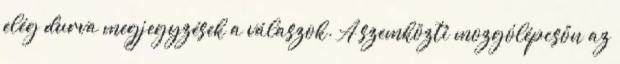
elég durva megjegyzések a válaszok. A szemközti mozgólépcsőn az